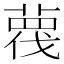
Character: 𦹋